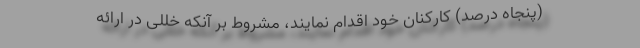
(پنجاه درصد) کارکنان خود اقدام نمایند، مشروط بر آنکه خللی در ارائه